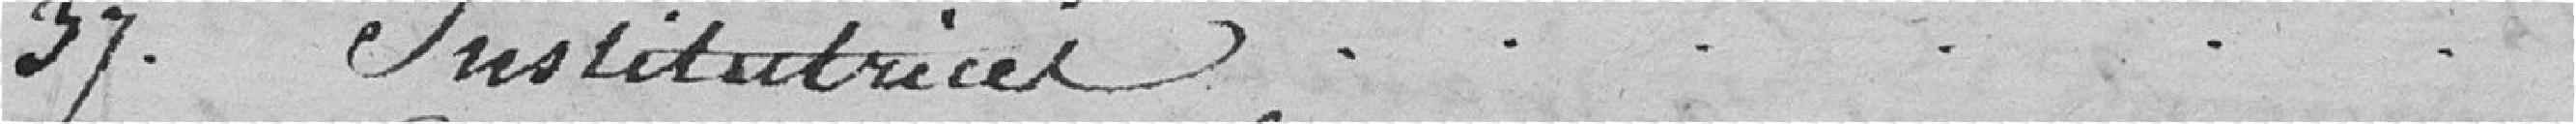
37. Institutrice....